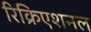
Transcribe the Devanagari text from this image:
रिक्रिएशनल